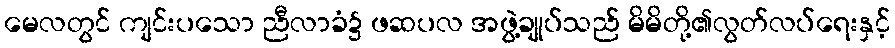
မေလတွင် ကျင်းပသော ညီလာခံ၌ ဖဆပလ အဖွဲ့ချုပ်သည် မိမိတို့၏လွတ်လပ်ရေးနှင့်